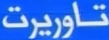
تاوریرت